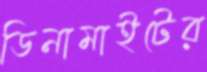
ডিনামাইটের